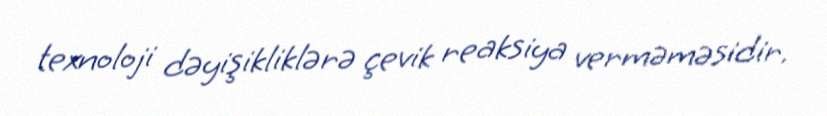
texnoloji dəyişikliklərə çevik reaksiya verməməsidir.